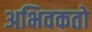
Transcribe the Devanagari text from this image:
अभिवकतो